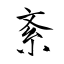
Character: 紊